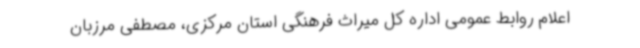
اعلام روابط عمومی اداره کل میراث فرهنگی استان ‌مرکزی، مصطفی مرزبان